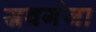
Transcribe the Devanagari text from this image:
स्रवगंजा